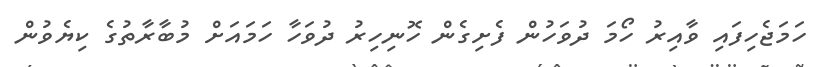
ހަމަޖެހިފައި ވާއިރު ހޯމަ ދުވަހުން ފެށިގެން ހޮނިހިރު ދުވަހާ ހަމައަށް މުބާރާތުގެ ކިޔެވުން